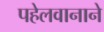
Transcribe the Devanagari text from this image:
पहेलवानाने